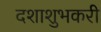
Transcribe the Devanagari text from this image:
दशाशुभकरी